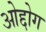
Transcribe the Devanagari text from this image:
ओद्दोग